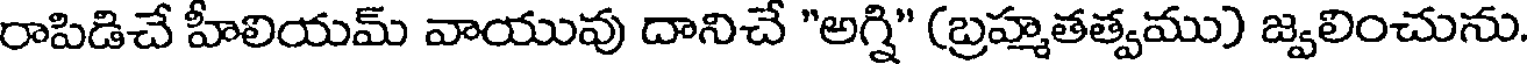
రాపిడిచే హీలియమ్ వాయువు దానిచే "అగ్ని" (బ్రహ్మతత్వము) జ్వలించును